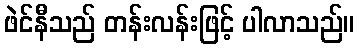
ဖဲင်နီသည် တန်းလန်းဖြင့် ပါလာသည်။